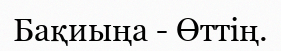
Бақиыңа - Өттің.